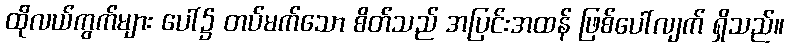
ထိုလယ်ကွက်များ ပေါ်၌ တပ်မက်သော စိတ်သည် အပြင်းအထန် ဖြစ်ပေါ်လျက် ရှိသည်။